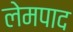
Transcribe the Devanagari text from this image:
लेमपाद